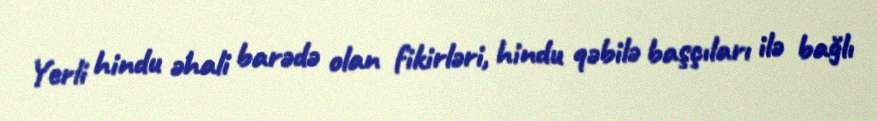
Yerli hindu əhali barədə olan fikirləri, hindu qəbilə başçıları ilə bağlı